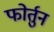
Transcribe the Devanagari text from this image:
फोर्तुन